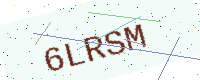
Text: 6LRSM